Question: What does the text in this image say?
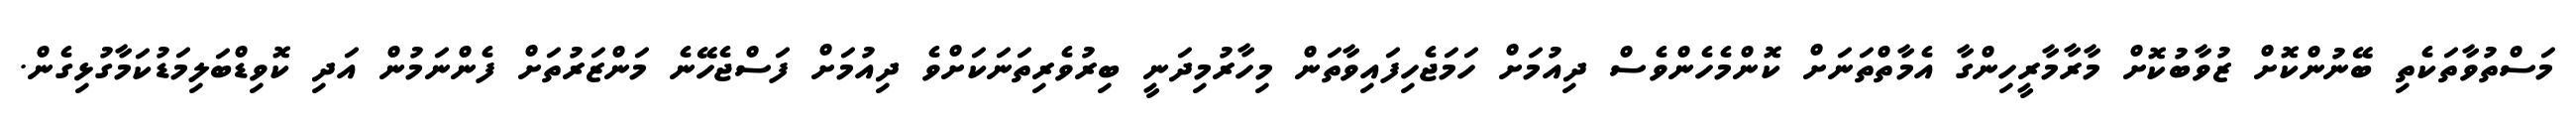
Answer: މަސްތުވާތަކެތި ބޭނުންކޮށް ޒުވާބުކޮށް މާރާމާރީހިންގާ އެމާތްތަނަށް ކޮންމެހެންވެސް ދިއުމަށް ހަމަޖެހިފައިވާތަން މިހާރުމިދަނީ ބިރުވެރިތަނަކަށްވެ ދިއުމަށް ފަސްޖެހޭނެ މަންޒަރުތަށް ފެންނަމުން އަދި ކޮވިޑްބަލިމަޑުކަމާގުޅިގެން.